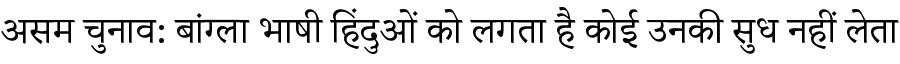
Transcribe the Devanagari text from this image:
असम चुनाव: बांग्ला भाषी हिंदुओं को लगता है कोई उनकी सुध नहीं लेता